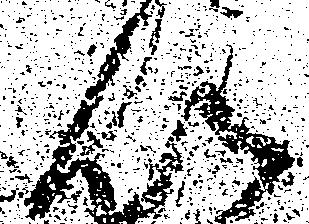
以